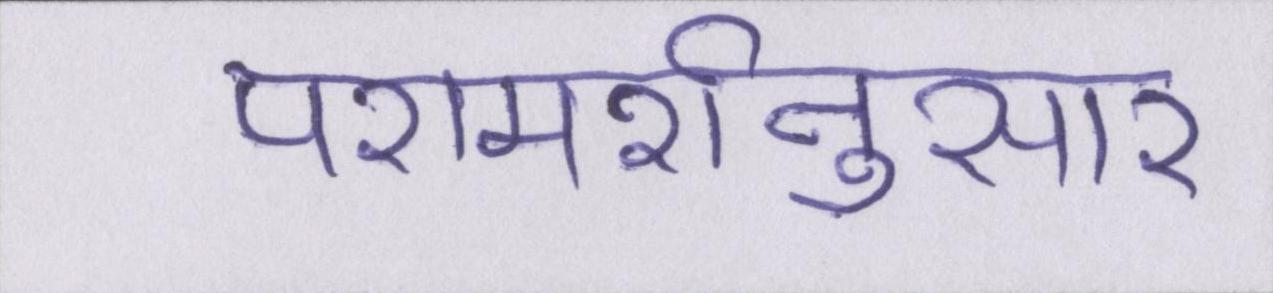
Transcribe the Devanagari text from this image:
परामर्शनुसार